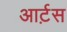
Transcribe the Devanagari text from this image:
आर्ट़स